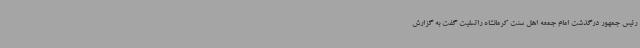
رئیس جمهور درگذشت امام جمعه اهل سنت کرمانشاه راتسلیت گفت به گزارش